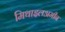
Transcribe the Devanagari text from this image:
मिथाइलअमीन